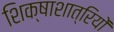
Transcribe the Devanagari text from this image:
शिक्षाशात्रियों